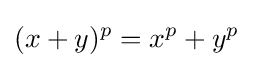
(x+y)^{p}=x^{p}+y^{p}